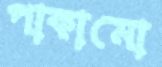
পাকামো